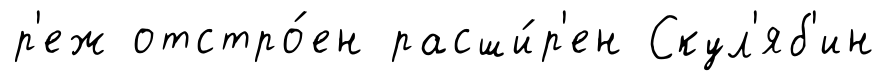
р'еж отстро́ен расши́р'ен Скул'яб'ин